Cholera in India, 1862 to 1881
Year: 1862
Disease focus: Cholera
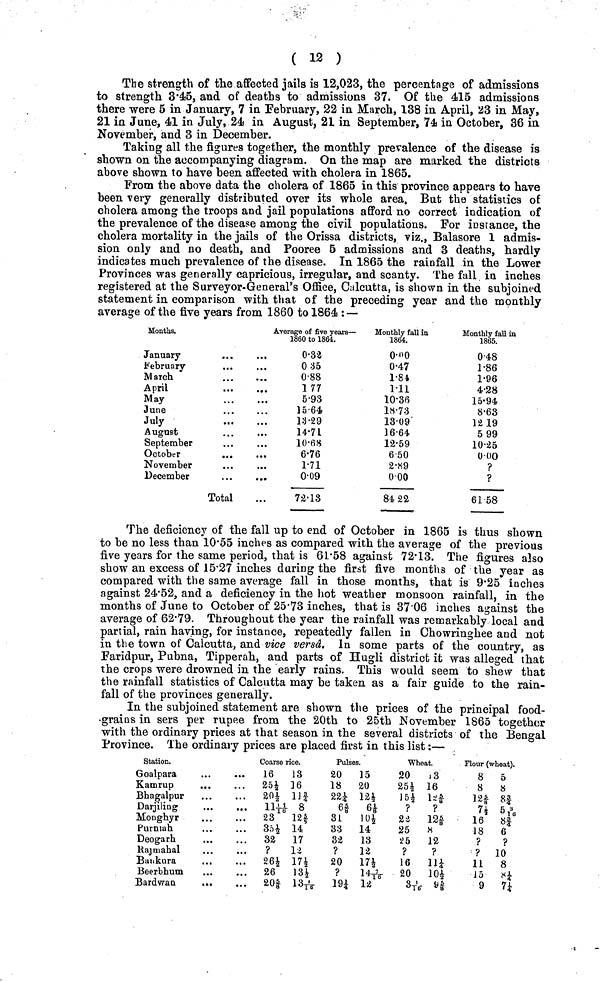
( 12 )
The strength of the affected jails is 12,023, the percentage of admissions
to strength 3.45, and of deaths to admissions 37. Of the 415 admissions
there were 5 in January, 7 in February, 22 in March, 138 in April, 23 in May,
21 in June, 41 in July, 24 in August, 21 in September, 74 in October, 36 in
November, and 3 in December.
Taking all the figures together, the monthly prevalence of the disease is
shown on the accompanying diagram. On the map are marked the districts
above shown to have been affected with cholera in 1865.
From the above data the cholera of 1865 in this province appears to have
been very generally distributed over its whole area. But the statistics of
cholera among the troops and jail populations afford no correct indication of
the prevalence of the disease among the civil populations. For instance, the
cholera mortality in the jails of the Orissa districts, viz., Balasore 1 admis-
sion only and no death, and Pooree 5 admissions and 3 deaths, hardly
indicates much prevalence of the disease. In 1865 the rainfall in the Lower
Provinces was generally capricious, irregular, and scanty. The fall in inches
registered at the Surveyor-General's Office, Calcutta, is shown in the subjoined
statement in comparison with that of the preceding year and the monthly
average of the five years from 1860 to 1864 : —
Mouths.
January
February
March
April
May
June
July
August
September
October
November
December
Total
Average of five years —
1860 to 1864.
0.32
0 35
0.88
1 77
5.93
15.64
13.29
14.71
10.68
6.76
1.71
0.09
72.13
Monthly fall in
1864.
0.00
0.47
1.84
1.11
10.36
18.73
13.09
16.64.
12.59
6.50
2.89
0.00
84.22
Monthly fall in
1865.
0.48
1.86
1.96
4.28
15.94
8.63
12 19
5 99
10.25
0.00
?
?
61 58
The deficiency of the fall up to end of October in 1865 is thus shown
to be no less than 10.55 inches as compared with the average of the previous
five years for the same period, that is 61.58 against 72· 13. The figures also
show an excess of 15.27 inches during the first five months of the year as
compared with the same average fall in those months, that is 9.25 inches
against 24.52, and a deficiency in the hot weather monsoon rainfall, in the
months of June to October of 25.73 inches, that is 37.06 inches against the
average of 62.79. Throughout the year the rainfall was remarkably local and
partial, rain having, for instance, repeatedly fallen in Chowringhee and not
in the town of Calcutta, and vice versâ. In some parts of the country, as
Faridpur, Pubna, Tipperah, and parts of Hugli district it was alleged that
the crops were drowned in the early rains. This would seem to shew that
the rainfall statistics of Calcutta may be taken as a fair guide to the rain-
fall of the provinces generally.
In the subjoined statement are shown the prices of the principal food-
grains in sers per rupee from the 20th to 25th November 1865 together
with the ordinary prices at that season in the several districts of the Bengal
Province. The ordinary prices are placed first in this list :—
Station.
Goalpara
.
...
Kamrup
. .
Bhagalpur
Darjiling
.
.
Monghyr
Purniah
Deogarh
Rajmahal
Bankura
Beerbhum
Bardwan
.
Coarse rice.
16
25½
20½
11 11 / 16
23
35½
32
?
26½
26
20 5 / 8
13
16
11 3 / 4
8
12 5 / 8
14
17
12
17½
13*
13 1 / 16
Pulses.
20
18
22¼
6 5 / 8
31
33
32
?
20
?
19¼
15
20
12½
6 1 / 8
10½
14
13
12
17½
14 7 / 16
12
Wheat.
20
25½
15½
?
22
25
25
?
16
20
3 1 / 16
13
16
l2 5 / 8
?
12 5 / 8
H
12
?
11 ¼
10½
9 5 / 8
Flour (wheat).
8
8
12 5 / 8
7½
16
18
?
?
11
15
9
5
8
8|
5 3/16
8|
6
?
10
8
8¼
7 ¼